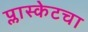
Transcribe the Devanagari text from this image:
प्लास्केटचा